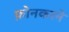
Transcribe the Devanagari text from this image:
फ़ोनकरने